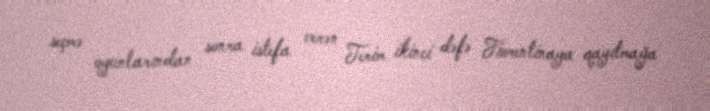
seçmə oyunlarından sonra istefa verən Terim ikinci dəfə Fiorentinaya qayıtmağa